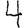
Digit: 4